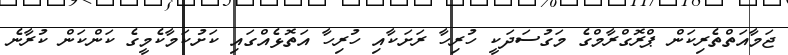
ޖަމާއަތްތެރިކަން ޕްރޮގްރާމްގެ މަގުސަދަކީ ހުރިހާ ރަށަކާއި ހުރިހާ އަތޮޅެއްގައި ކަށުކަމާކެމީގެ ކަންކަން ކުރާނެ